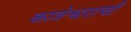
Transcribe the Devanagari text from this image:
कात्रेश्वराची